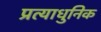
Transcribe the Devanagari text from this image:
प्रत्याधुनिक